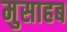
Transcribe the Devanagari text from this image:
मुसाहब